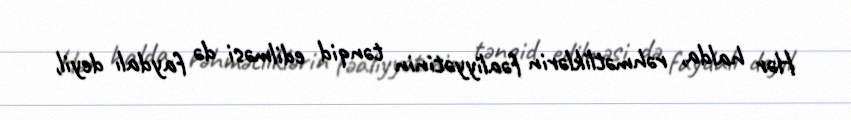
Hər halda, rəhmətliklərin fəaliyyətinin tənqid edilməsi də faydalı deyil,